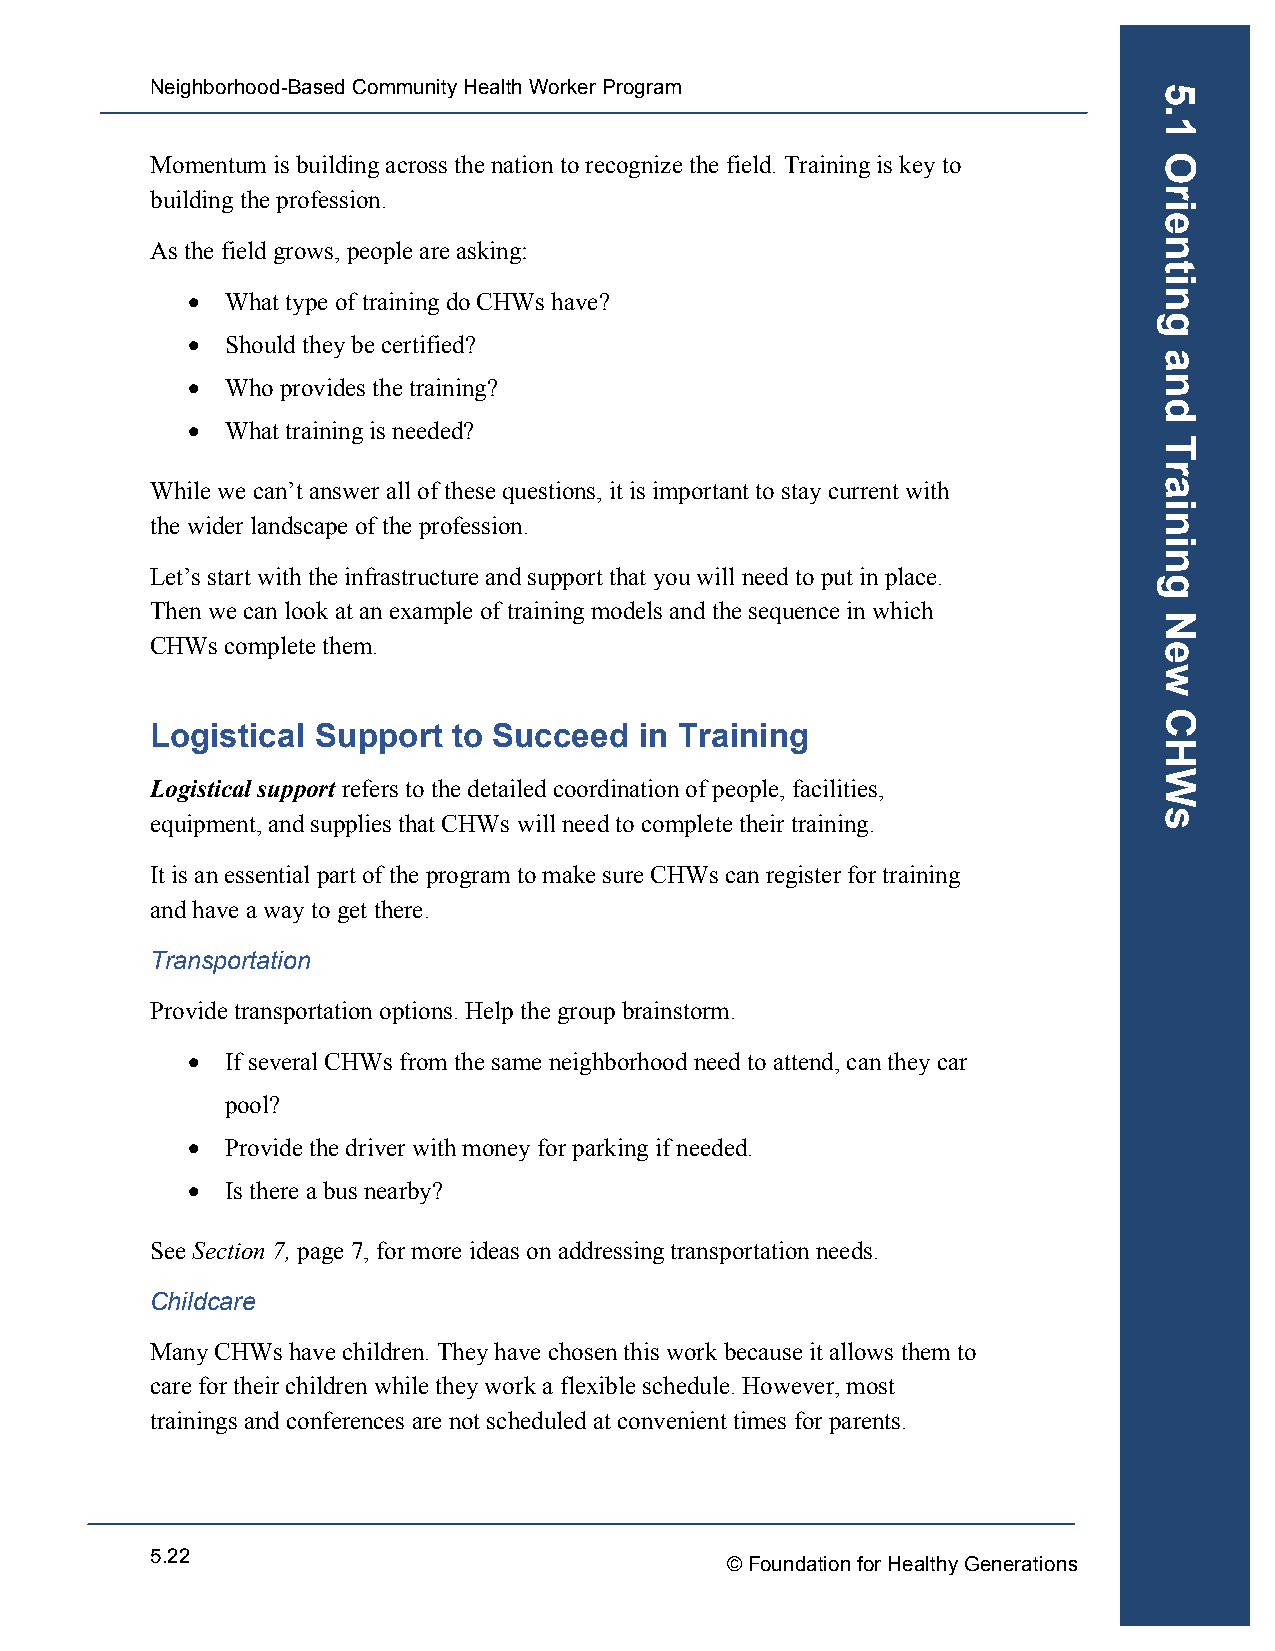
Neighborhood-Based Community Health Worker Program
 Momentum is building across the nation to recognize the field. Training is key to
 building the profession.
 As the field grows, people are asking:
 •  What type of training do CHWs have?
 •  Should they be certified?
 •  Who provides the training?
 •  What training is needed?
 While we can’t answer all of these questions, it is important to stay current with
 the wider landscape of the profession.
 Let’s start with the infrastructure and support that you will need to put in place.
 Then we can look at an example of training models and the sequence in which
 CHWs complete them.
 Logistical Support  to Succeed  in Training
 Logistical support refers to the detailed coordination of people, facilities,
 equipment, and supplies that CHWs will need to complete their training.
 It is an essential part of the program to make sure CHWs can register for training
 and have a way to get there.
 Transportation
 Provide transportation options. Help the group brainstorm.
 •  If several CHWs from the same neighborhood need to attend, can they car
 pool?
 •  Provide the driver with money for parking if needed.
 •  Is there a bus nearby?
 See Section 7, page 7, for more ideas on addressing transportation needs.
 Childcare
 Many CHWs have children. They have chosen this work because it allows them to
 care for their children while they work a flexible schedule. However, most
 trainings and conferences are not scheduled at convenient times for parents.
 5.22
 © Foundation for Healthy Generations
 5.1
 Orienting
 and
 Training
 New
 CHWs